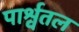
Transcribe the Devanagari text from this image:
पार्श्वतल